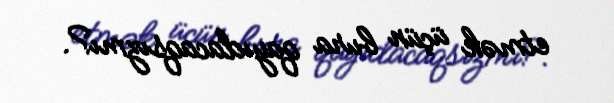
etmək üçün bura qayıdacaqsızmı?.